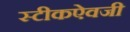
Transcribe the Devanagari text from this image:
स्टीकऐवजी